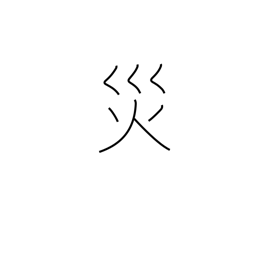
Meaning: curse